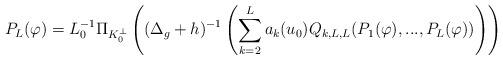
LaTeX: \begin{align*}P_L(\varphi)=L_0^{-1}\Pi_{K_0^\perp}\left((\Delta_g+h)^{-1}\left(\sum_{k=2}^La_k(u_0)Q_{k,L,L}(P_1(\varphi),...,P_L(\varphi))\right)\right)\end{align*}